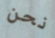
نحن